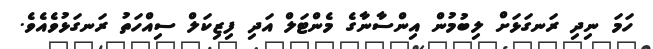
ހަމަ ނިދި ރަނގަޅަށް ލިބުމުން އިންސާނާގެ މެންޓަލް އަދި ފިޒިކަލް ސިއްހަތު ރަނގަޅުވެއެވެ.